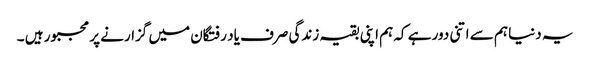
یہ دنیا ہم سے اتنی دور ہے کہ ہم اپنی بقیہ زندگی صرف یاد رفتگان میں گزارنے پر مجبور ہیں ۔